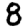
Digit: 8